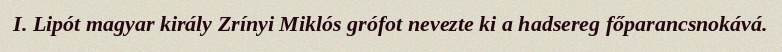
I. Lipót magyar király Zrínyi Miklós grófot nevezte ki a hadsereg főparancsnokává.